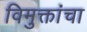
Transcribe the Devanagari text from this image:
विमुक्तांचा